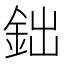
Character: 鈯